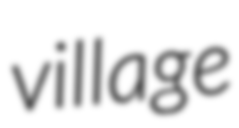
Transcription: village